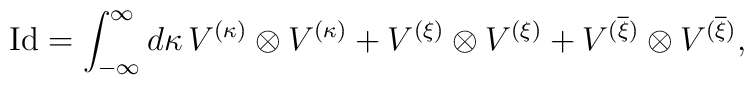
\mathrm{Id}=\int_{-\infty}^{\infty}d\kappa\,V^{(\kappa)}\otimes V^{(\kappa)}+V^{(\xi)}\otimes V^{(\xi)}+V^{(\overline{\xi})}\otimes V^{(\overline{\xi})},